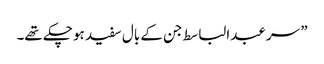
” سر عبدالباسط جن کے بال سفید ہو چکے تھے۔